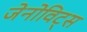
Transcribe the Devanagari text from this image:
जेनोविट्स